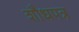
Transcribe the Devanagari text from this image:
शौधपत्र